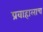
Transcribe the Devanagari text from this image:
प्रवाहालाच